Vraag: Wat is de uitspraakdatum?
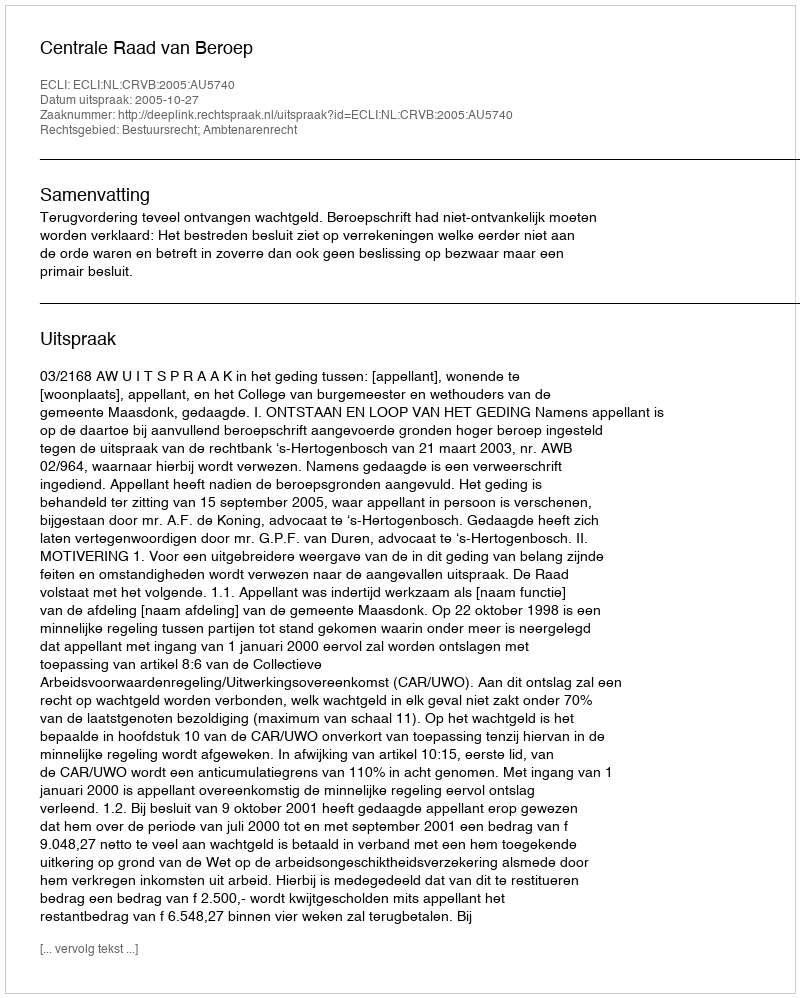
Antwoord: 2005-10-27